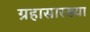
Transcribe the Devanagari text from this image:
ग्रहासारख्या